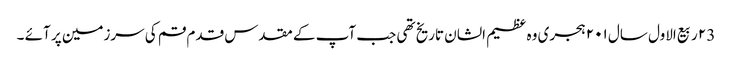
۲3 ربیع الاول سال ۲۰۱ ہجری وہ عظیم الشان تاریخ تھی جب آپ کے مقدس قدم قم کی سرزمین پر آئے ۔